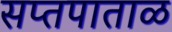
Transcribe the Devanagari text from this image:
सप्तपाताळ